system: You are a helpful assistant.
user:
Analyze the provided spectrum to determine if it is a **S-type Star**.

- **Key Indicators for S-type Star:**

    - **(Overall Spectrum Shape):** The first and most obvious characteristic is the overall continuum (the "baseline" shape). It is **extremely "red-sloping,"** meaning the flux (light intensity) is very low on the left side (blue, ~4000-4500 Å) and rises steeply and continuously toward the right side (red, ~7000 Å+).

    - **(Primary):** The spectrum is defined by the presence of strong, broad molecular absorption "valleys" (bands) from **Zirconium Oxide (ZrO)**. The identification of these bands is the **primary requirement** for classifying a star as S-type.
        - **(Key Bandheads):** You must find distinct, deep "dips" where the light has been absorbed. The most critical band systems to locate are:
            - **~6474 Å** ($\gamma$-system): This is often the strongest and clearest ZrO feature, found in the red part of the spectrum.
            - **~5718 Å** & **~5551 Å** ($\beta$-system): A pair of prominent absorption features in the yellow-orange part of the spectrum.
            - **~4640 Å** ($\alpha$-system): A key absorption band system in the blue-green region of the spectrum.

    - **(Secondary Confirmation):** The classification is strengthened by finding additional absorption bands from other related heavy element oxides, which are expected to be present alongside ZrO.
        - **(Key Bandheads):**
            - **Yttrium Oxide (YO):** Look for absorption dips near **~4800 Å** and **~6100 Å**.
            - **Lanthanum Oxide (LaO):** Additional absorption features, particularly in the red-orange part of the spectrum, are also characteristic.

    - **(Line Profile):** The combination of the steep red continuum and these numerous, deep molecular bands (ZrO, YO, etc.) gives the entire spectrum a very **"chopped-up"** or **"bumpy"** appearance. Instead of a smooth curve, the spectrum looks as though large, wide chunks of light have been "carved out" of it at the specific wavelengths listed above.

Think first, call **spectral_visualization_tool** if needed to examine features in detail, then provide your final answer. Your response must adhere to the following strict rules:
1.  **Overall Structure:** Your response must follow the format `<think>...</think> <tool_call>...</tool_call> (if a tool is used) <answer>...</answer>`.
2.  **Tool Usage Constraint:** You may only make **one** tool call per turn.
3.  **Final Answer Format:** In the `<answer>` tag, your conclusion must be inside a `\boxed{}` command (e.g., `\boxed{YES}` or `\boxed{NO}`), followed by your justification.

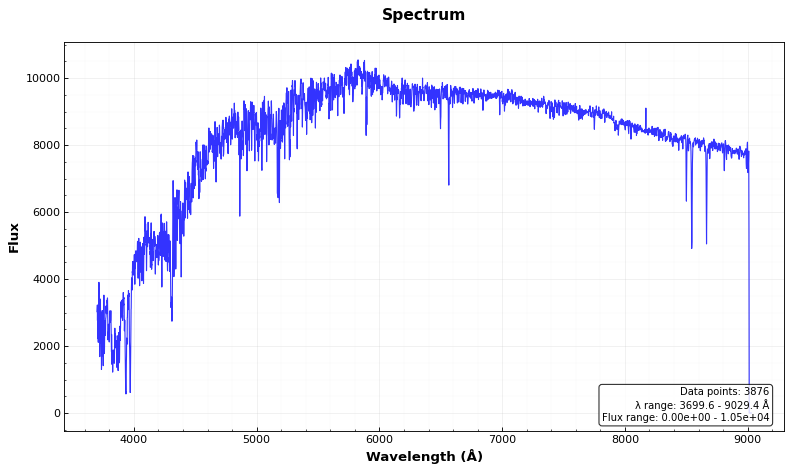
Answer: NO